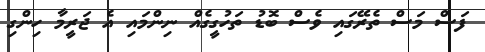
ފަސް މަސް ތެރޭގައި ވެސް ބޮޑު ތަހުގީގެއް ނިންމައި އެ ޖަރީމާ ހިންގި